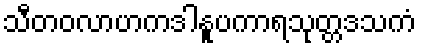
သီတဝလာဟကဒါနူပကာရသုတ္တဒသကံ